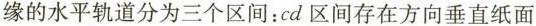
缘的水平轨道分为三个区间：cd区间存在方向垂直纸面